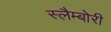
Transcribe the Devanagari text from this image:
स्लैम्बोरी